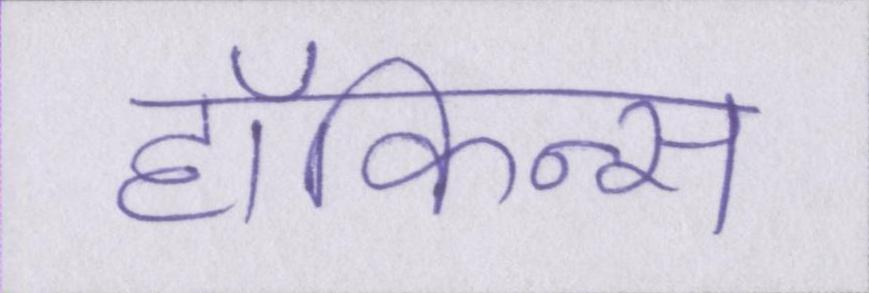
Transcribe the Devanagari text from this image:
हॉकिन्स